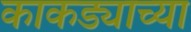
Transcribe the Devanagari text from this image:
काकड्याच्या